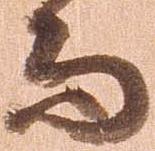
而